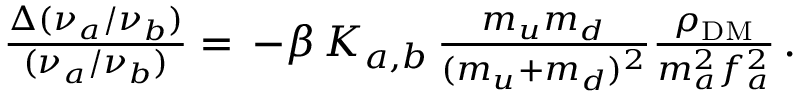
\begin{array} { r } { \frac { \Delta ( \nu _ { a } / \nu _ { b } ) } { ( \nu _ { a } / \nu _ { b } ) } = \, - \beta \, K _ { a , b } \, \frac { m _ { u } m _ { d } } { ( m _ { u } + m _ { d } ) ^ { 2 } } \frac { \rho _ { \mathrm { D M } } } { m _ { a } ^ { 2 } f _ { a } ^ { 2 } } \, . } \end{array}